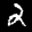
Label: 2